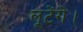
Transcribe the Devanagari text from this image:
लूटेंगे।